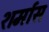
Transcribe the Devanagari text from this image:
शर्मास